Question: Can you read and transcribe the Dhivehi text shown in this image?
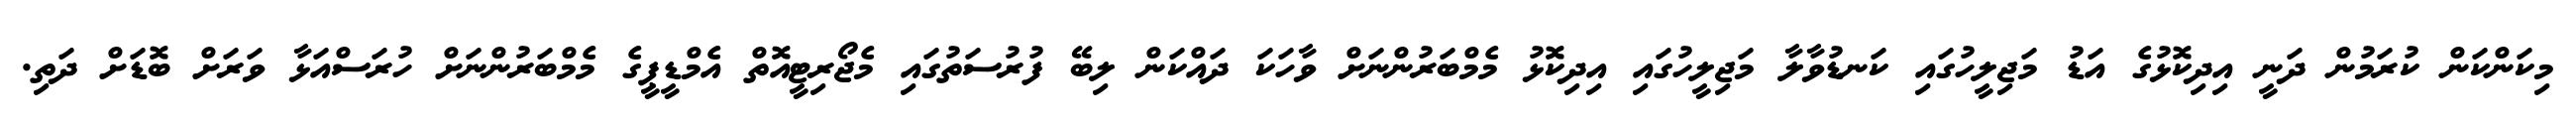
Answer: މިކަންކަން ކުރަމުން ދަނީ އިދިކޮޅުގެ އަޑު މަޖިލީހުގައި ކަނޑުވާލާ މަޖިލީހުގައި އިދިކޮޅު މެމްބަރުންނަށް ވާހަކަ ދައްކަން ލިބޭ ފުރުސަތުގައި މެޖޯރިޓީއޮތް އެމްޑީޕީގެ މެމްބަރުންނަށް ހުރަސްއަޅާ ވަރަށް ބޮޑަށް ދަތި.